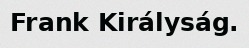
Frank Királyság.